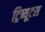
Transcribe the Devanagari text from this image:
ट्रिब्यूटस